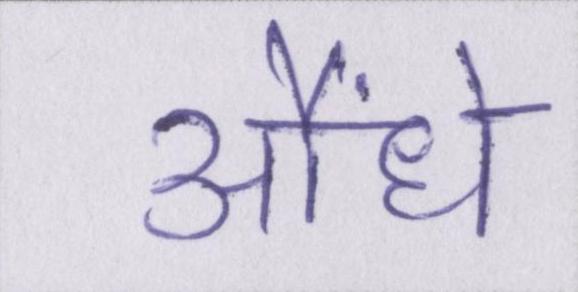
औंधे